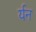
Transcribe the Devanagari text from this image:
र्यन